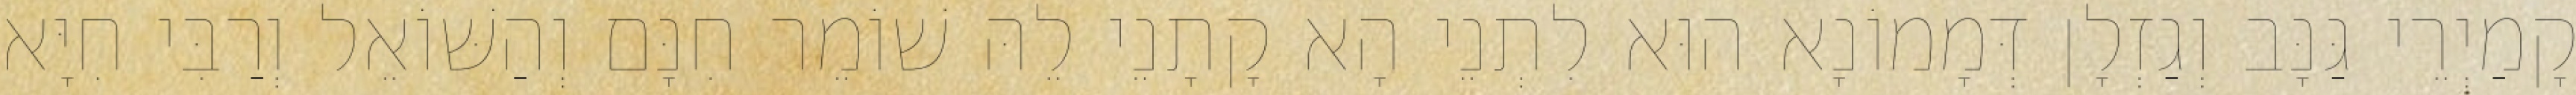
קָמַיְרֵי גַּנָּב וְגַזְלָן דְּמָמוֹנָא הוּא לִתְנֵי הָא קָתָנֵי לֵהּ שׁוֹמֵר חִנָּם וְהַשּׁוֹאֵל וְרַבִּי חִיָּא